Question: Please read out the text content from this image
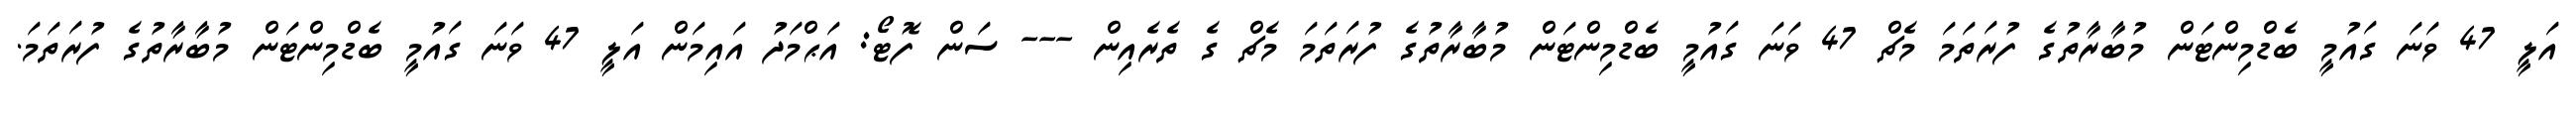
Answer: އަލީ 47 ވަނަ ގައުމީ ބެޑްމިންޓަން މުބާރާތުގެ ފުރަތަމަ މެޗް 47 ވަނަ ގައުމީ ބެޑްމިންޓަން މުބާރާތުގެ ފުރަތަމަ މެޗް ގެ ތެރެއިން --- ސަން ފޮޓޯ: އަޙްމަދު އައިމަން އަލީ 47 ވަނަ ގައުމީ ބެޑްމިންޓަން މުބާރާތުގެ ފުރަތަމަ.